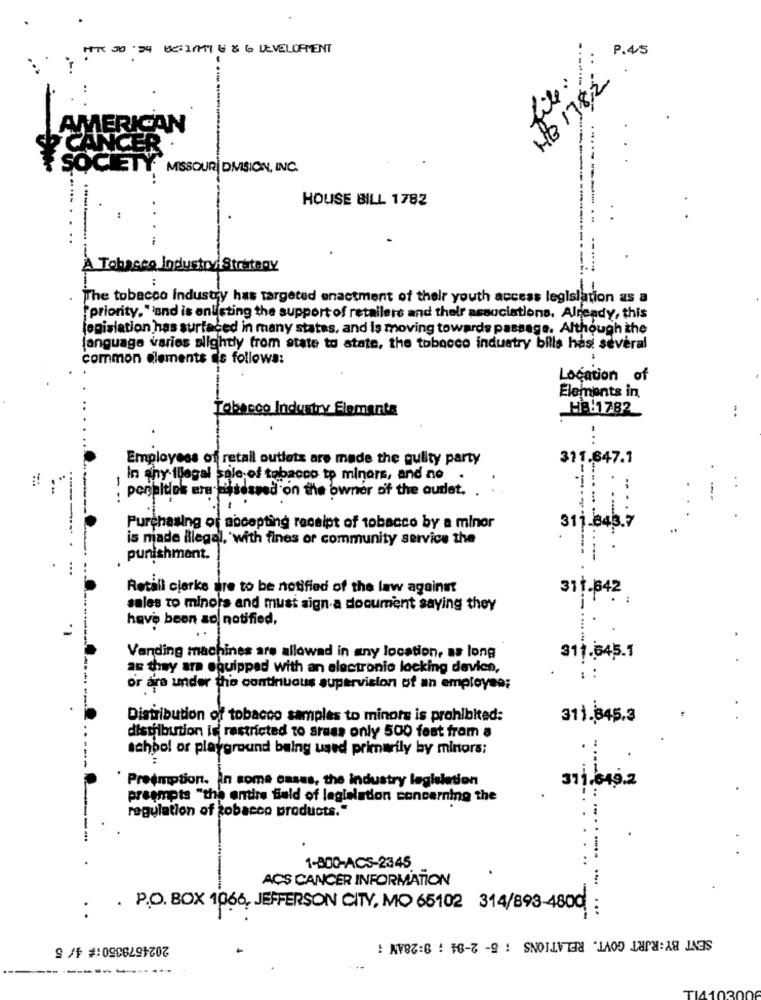
HK 30 24 66:1/1 6 8 6 DEVELOPMENT
P.45
file:
He 178,2
MERICAN
ET
MISSOUR| DMSION, INC.
HOUSE BILL 1782
A Tobacco Industry: Strategy
:
The tobacco industry has targeted enactment of their youth access legislation as a
"priority,"and is enlisting the support of retailers and their associations. Already, this
legislation has surfaced in many states, and is moving towards passage. Although the
language varies slightly from state to state, the tobacco industry bills hasi several
common elements as follows:
Location of
Elements in,
Tobacco Industry Elements
HB:1782
Employees of retail outlets are made the guilty party
311.647.1
In any ilegal sale of tobacco tp minors, and ne
, penalties are msdsved on the owner of the audlet. .
Purchasing of accepting receipt of tobacco by a minor
311.843.7
is made Blegal, with fines or community service the
punishment.
Retill clarke are to be notified of the law against
311-642
sales to minors and must aign a document saying they
have been ao notified,
Vending machines are allowed in any location, as long
311.645.1
as they are equipped with an electronic locking device,
: :
or are under the continuous supervision of an employee;
Distribution of tobacco samples to minots is prohibited:
311.845.3
distribution is restricted to areas only 500 fest from a
school or playground being used primarily by minors:
----
` Preemption. In some cases, the industry legislation
311,64,9.2
preempts "the entire field of legislation concerning the
regulation of tobacco products."
----
1-800-ACS-2345
ACS CANCER INFORMATION
.. ........ ...
: . P.O. BOX 1066, JEFFERSON CITY, MO 65102 314/893-4800 :
2024579350:# 4/ 5
SENT BY:RJRT GOVT. RELATIONS : 5- 2-84 ; 9:28AM :
---------